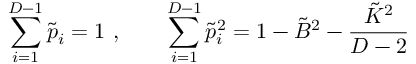
\sum _ { i = 1 } ^ { D - 1 } \tilde { p } _ { i } = 1 \ , \qquad \sum _ { i = 1 } ^ { D - 1 } \tilde { p } _ { i } ^ { 2 } = 1 - \tilde { B } ^ { 2 } - \frac { \tilde { { \cal K } } ^ { 2 } } { D - 2 }